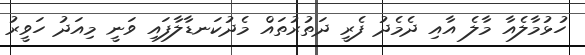
ހުޅުމާލެއާ މާލެ އާއި ދެމެދު ފެރީ ދަތުރުތައް މެދުކަނޑާލާފައި ވަނީ މިއަދު ހަވީރު